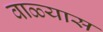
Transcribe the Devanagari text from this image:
वाळ्यास